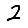
Digit: 2